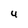
Character: U